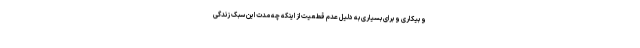
و بیکاری و برای بسیاری به دلیل عدم قطعیت از اینکه چه مدت این سبک زندگی